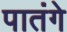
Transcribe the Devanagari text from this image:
पातंगे